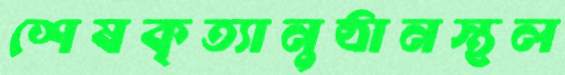
শেষকৃত্যানুষ্ঠানস্থল